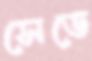
সেডে